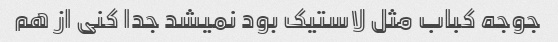
جوجه کباب مثل لاستیک بود نمیشد جدا کنی از هم